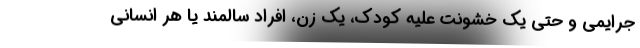
جرایمی و حتی یک خشونت علیه کودک، یک زن، افراد سالمند یا هر انسانی